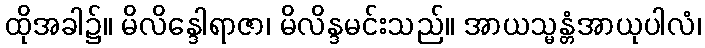
ထိုအခါ၌။ မိလိန္ဒေါရာဇာ၊ မိလိန္ဒမင်းသည်။ အာယသ္မန္တံအာယုပါလံ၊